Sketch of the medical history of the native army of Bombay, for the year
Year: 1872
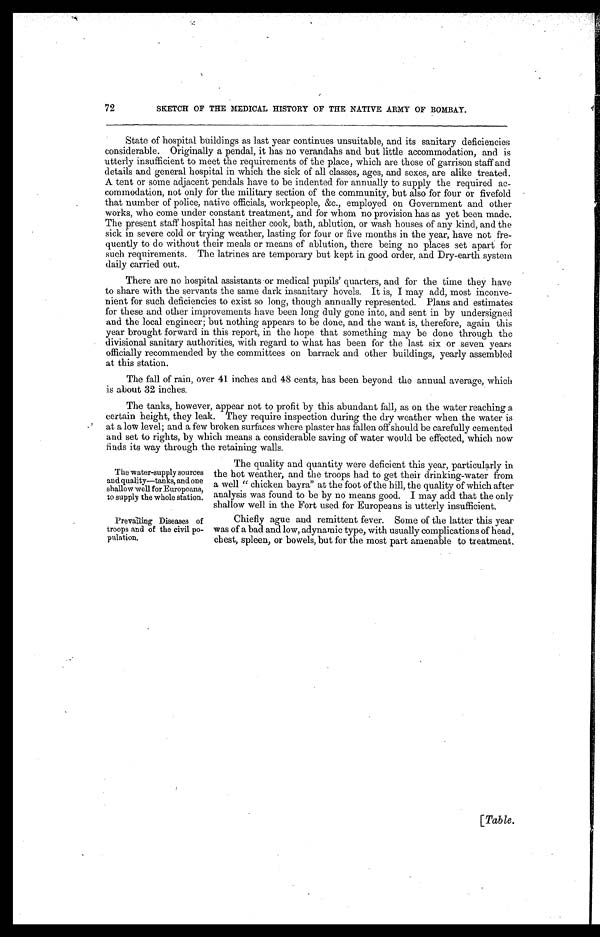
The water-supply sources
and quality—tanks, and one
shallow well for Europeans,
to supply the whole station.
Prevailing Diseases of
troops and of the civil po-
pulation.
72
SKETCH OF THE MEDICAL HISTORY OF THE NATIVE ARMY OF BOMBAY.
State of hospital buildings as last year continues unsuitable, and its sanitary deficiencies
considerable. Originally a pendal, it has no verandahs and but little accommodation, and is
utterly insufficient to meet the requirements of the place, which are those of garrison staff and
details and general hospital in which the sick of all classes, ages, and sexes, are alike treated.
A tent or some adjacent pendals have to be indented for annually to supply the required ac-
commodation, not only for the military section of the community, but also for four or fivefold
that number of police, native officials, workpeople, &c., employed on Government and other
works, who come under constant treatment, and for whom no provision has as yet been made.
The present staff hospital has neither cook, bath, ablution, or wash houses of any kind, and the
sick in severe cold or trying weather, lasting for four or five months in the year, have not fre-
quently to do without their meals or means of ablution, there being no places set apart for
such requirements. The latrines are temporary but kept in good order, and Dry-earth system
daily carried out.
There are no hospital assistants or medical pupils' quarters, and for the time they have
to share with the servants the same dark insanitary hovels. It is, I may add, most inconve-
nient for such deficiencies to exist so long, though annually represented. Plans and estimates
for these and other improvements have been long duly gone into, and sent in by undersigned
and the local engineer; but nothing appears to be done, and the want is, therefore, again this
year brought forward in this report, in the hope that something may be done through the
divisional sanitary authorities, with regard to what has been for the last six or seven years
officially recommended by the committees on barrack and other buildings, yearly assembled
at this station.
The fall of rain, over 41 inches and 48 cents, has been beyond the annual average, which
is about 32 inches.
The tanks, however, appear not to profit by this abundant fall, as on the water reaching a
certain height, they leak. They require inspection during the dry weather when the water is
at a low level; and a few broken surfaces where plaster has fallen off should be carefully cemented
and set to rights, by which means a considerable saving of water would be effected, which now
finds its way through the retaining walls.
The quality and quantity were deficient this year, particularly in
the hot weather, and the troops had to get their drinking-water from
a well " chicken bayra" at the foot of the hill, the quality of which after
analysis was found to be by no means good. I may add that the only
shallow well in the Fort used for Europeans is utterly insufficient.
Chiefly ague and remittent fever. Some of the latter this year
vas of a bad and low, adynamic type, with usually complications of head,
chest, spleen, or bowels, but for the most part amenable to treatment.